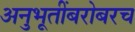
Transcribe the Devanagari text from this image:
अनुभूतींबरोबरच